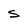
Character: S